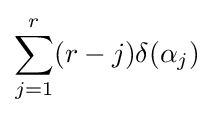
\sum _{j=1}^{r}(r-j)\delta (\alpha _{j})